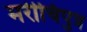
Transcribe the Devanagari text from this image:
मरीचिपुत्र